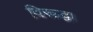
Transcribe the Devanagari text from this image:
विरूद्ध।